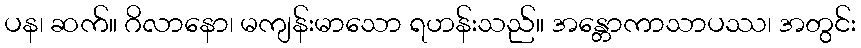
ပန၊ ဆက်။ ဂိလာနော၊ မကျန်းမာသော ရဟန်းသည်။ အန္တောကာသာပဿ၊ အတွင်း